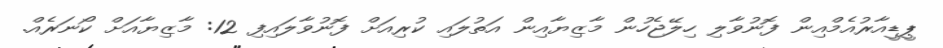
ޕީޑީއާރުއެމްއިން ފޮނުވާލި ހިލޭޖެހުން މާޒިޔާއިން އަތުލައި ކުރިއަށް ފޮނުވާލައިފި 12: މާޒިޔާއަށް ކޯނަރެއް.